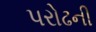
પરોઢની